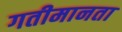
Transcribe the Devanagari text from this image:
गतीमानता